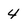
Character: 4